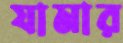
যামার